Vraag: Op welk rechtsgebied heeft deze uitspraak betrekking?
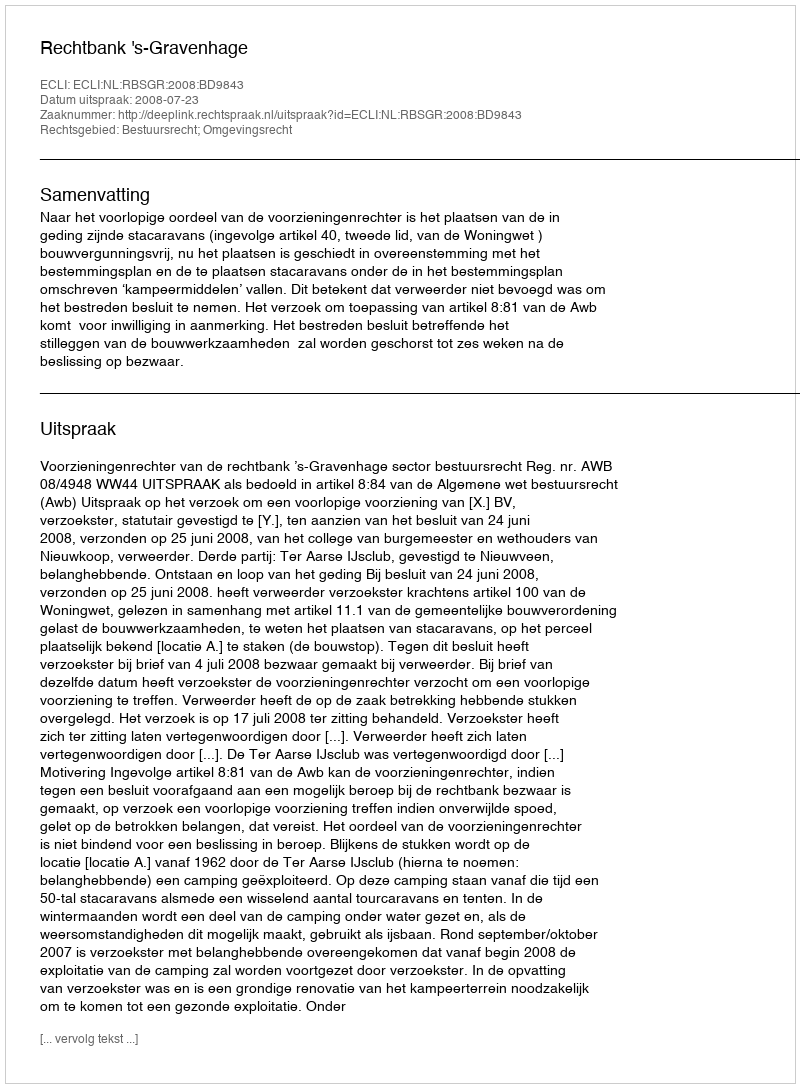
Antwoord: Bestuursrecht; Omgevingsrecht